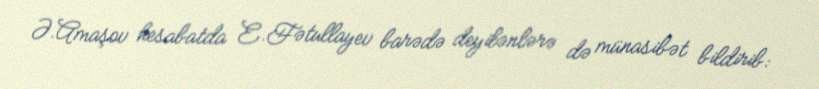
Ə.Amaşov hesabatda E.Fətullayev barədə deyilənlərə də münasibət bildirib: